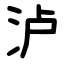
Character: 泸